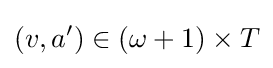
(v,a')\in (\omega +1)\times T